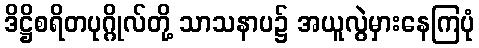
ဒိဋ္ဌိစရိတပုဂ္ဂိုလ်တို့ သာသနာပ၌ အယူလွဲမှားနေကြပုံ